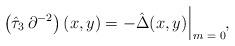
LaTeX: \begin{align*}\left( \hat{\tau}_3 \, \partial^{- 2} \right) (x, y) = - \hat{\Delta} (x, y) \, \rule[-3mm]{.14mm}{8.5mm} \raisebox{-2.85mm}{\scriptsize{$\; m = 0$}} ,\end{align*}